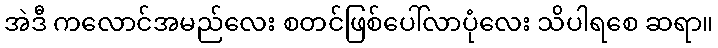
အဲဒီ ကလောင်အမည်လေး စတင်ဖြစ်ပေါ်လာပုံလေး သိပါရစေ ဆရာ။